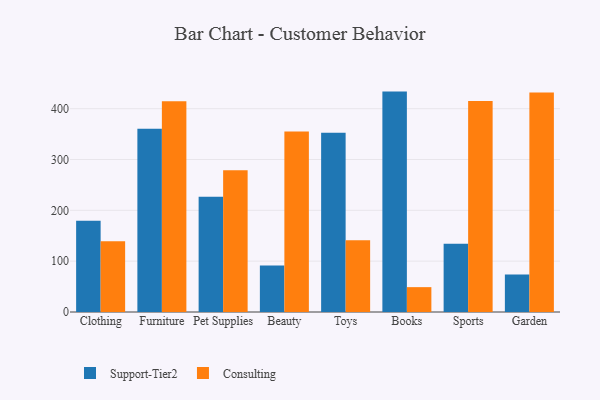
{"axis": {"x": "Category", "y": "Customer Acquisition Cost (USD)"}, "legend": ["Consulting", "Support-Tier2"], "data": [{"x": "Clothing", "y": 179.6, "type": "Support-Tier2"}, {"x": "Clothing", "y": 139.0, "type": "Consulting"}, {"x": "Furniture", "y": 360.5, "type": "Support-Tier2"}, {"x": "Furniture", "y": 414.6, "type": "Consulting"}, {"x": "Pet Supplies", "y": 226.8, "type": "Support-Tier2"}, {"x": "Pet Supplies", "y": 278.7, "type": "Consulting"}, {"x": "Beauty", "y": 91.6, "type": "Support-Tier2"}, {"x": "Beauty", "y": 355.3, "type": "Consulting"}, {"x": "Toys", "y": 352.5, "type": "Support-Tier2"}, {"x": "Toys", "y": 141.2, "type": "Consulting"}, {"x": "Books", "y": 433.6, "type": "Support-Tier2"}, {"x": "Books", "y": 48.9, "type": "Consulting"}, {"x": "Sports", "y": 134.3, "type": "Support-Tier2"}, {"x": "Sports", "y": 415.1, "type": "Consulting"}, {"x": "Garden", "y": 73.6, "type": "Support-Tier2"}, {"x": "Garden", "y": 431.7, "type": "Consulting"}]}